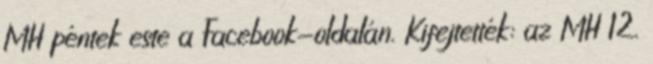
MH péntek este a Facebook-oldalán. Kifejtették: az MH 12.